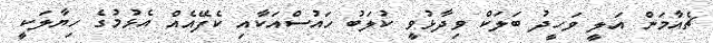
ޗެއާމަން އަލީ ވަހީދު ބަލަކް ވިދާޅުވީ ކުލަބު ހައުސްއަކާއި ކެފޭއެއް އެޅުމުގެ ހިޔާލަކީ